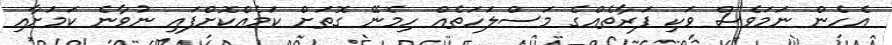
އެހެން ނަމަވެސް ވަކި ފަރާތެއްގެ މަސްލަހަތެއް ހިމެނޭ ގޮތަށް ކަމެއްކޮށްފައި ނުވާނެ ކަމަށާއި